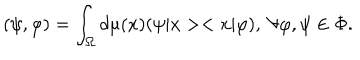
( \psi , \varphi ) = \int _ { \Omega } d \mu ( x ) ( \psi | x > < x | \varphi ) , \; \forall \varphi , \psi \in \Phi .